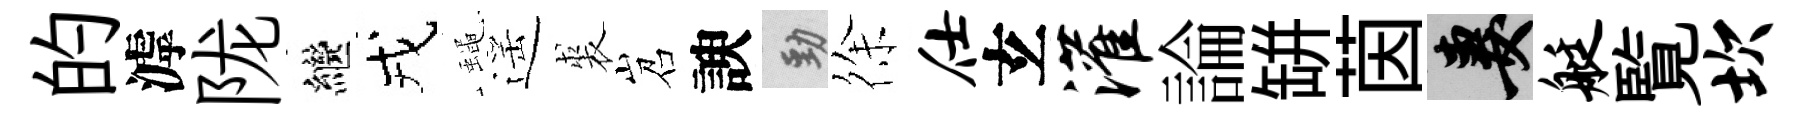
的滹陇繼戎蠅遥裘岧諛勁徐仕𤣥灌論缾茵妻艇覧坎